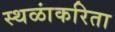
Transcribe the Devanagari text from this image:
स्थळांकरिता